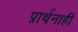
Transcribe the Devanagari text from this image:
प्रार्थनाही